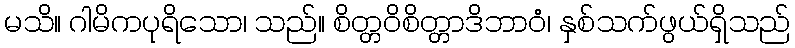
မသိ။ ဂါမိကပုရိသော၊ သည်။ စိတ္တဝိစိတ္တာဒိဘာဝံ၊ နှစ်သက်ဖွယ်ရှိသည်